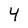
Character: Y